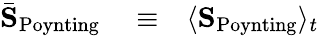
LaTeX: \begin{array}{rlr}{\bar{\mathbf S}_{\mathrm{Poynting}}}&{{}\equiv}&{\langle{\mathbf S}_{\mathrm{Poynting}}\rangle_{t}}\end{array}